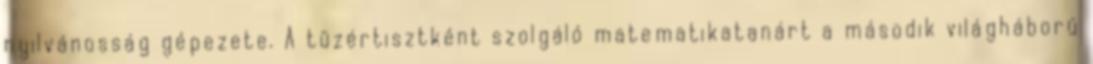
nyilvánosság gépezete. A tüzértisztként szolgáló matematikatanárt a második világháború